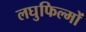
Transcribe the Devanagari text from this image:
लघुफिल्मों